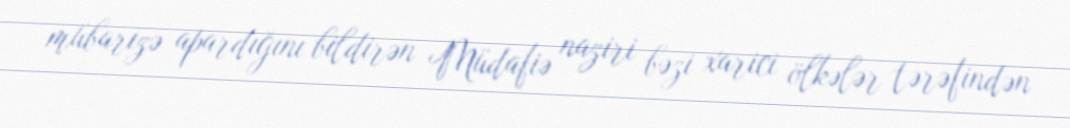
mübarizə apardığını bildirən Müdafiə naziri bəzi xarici ölkələr tərəfindən